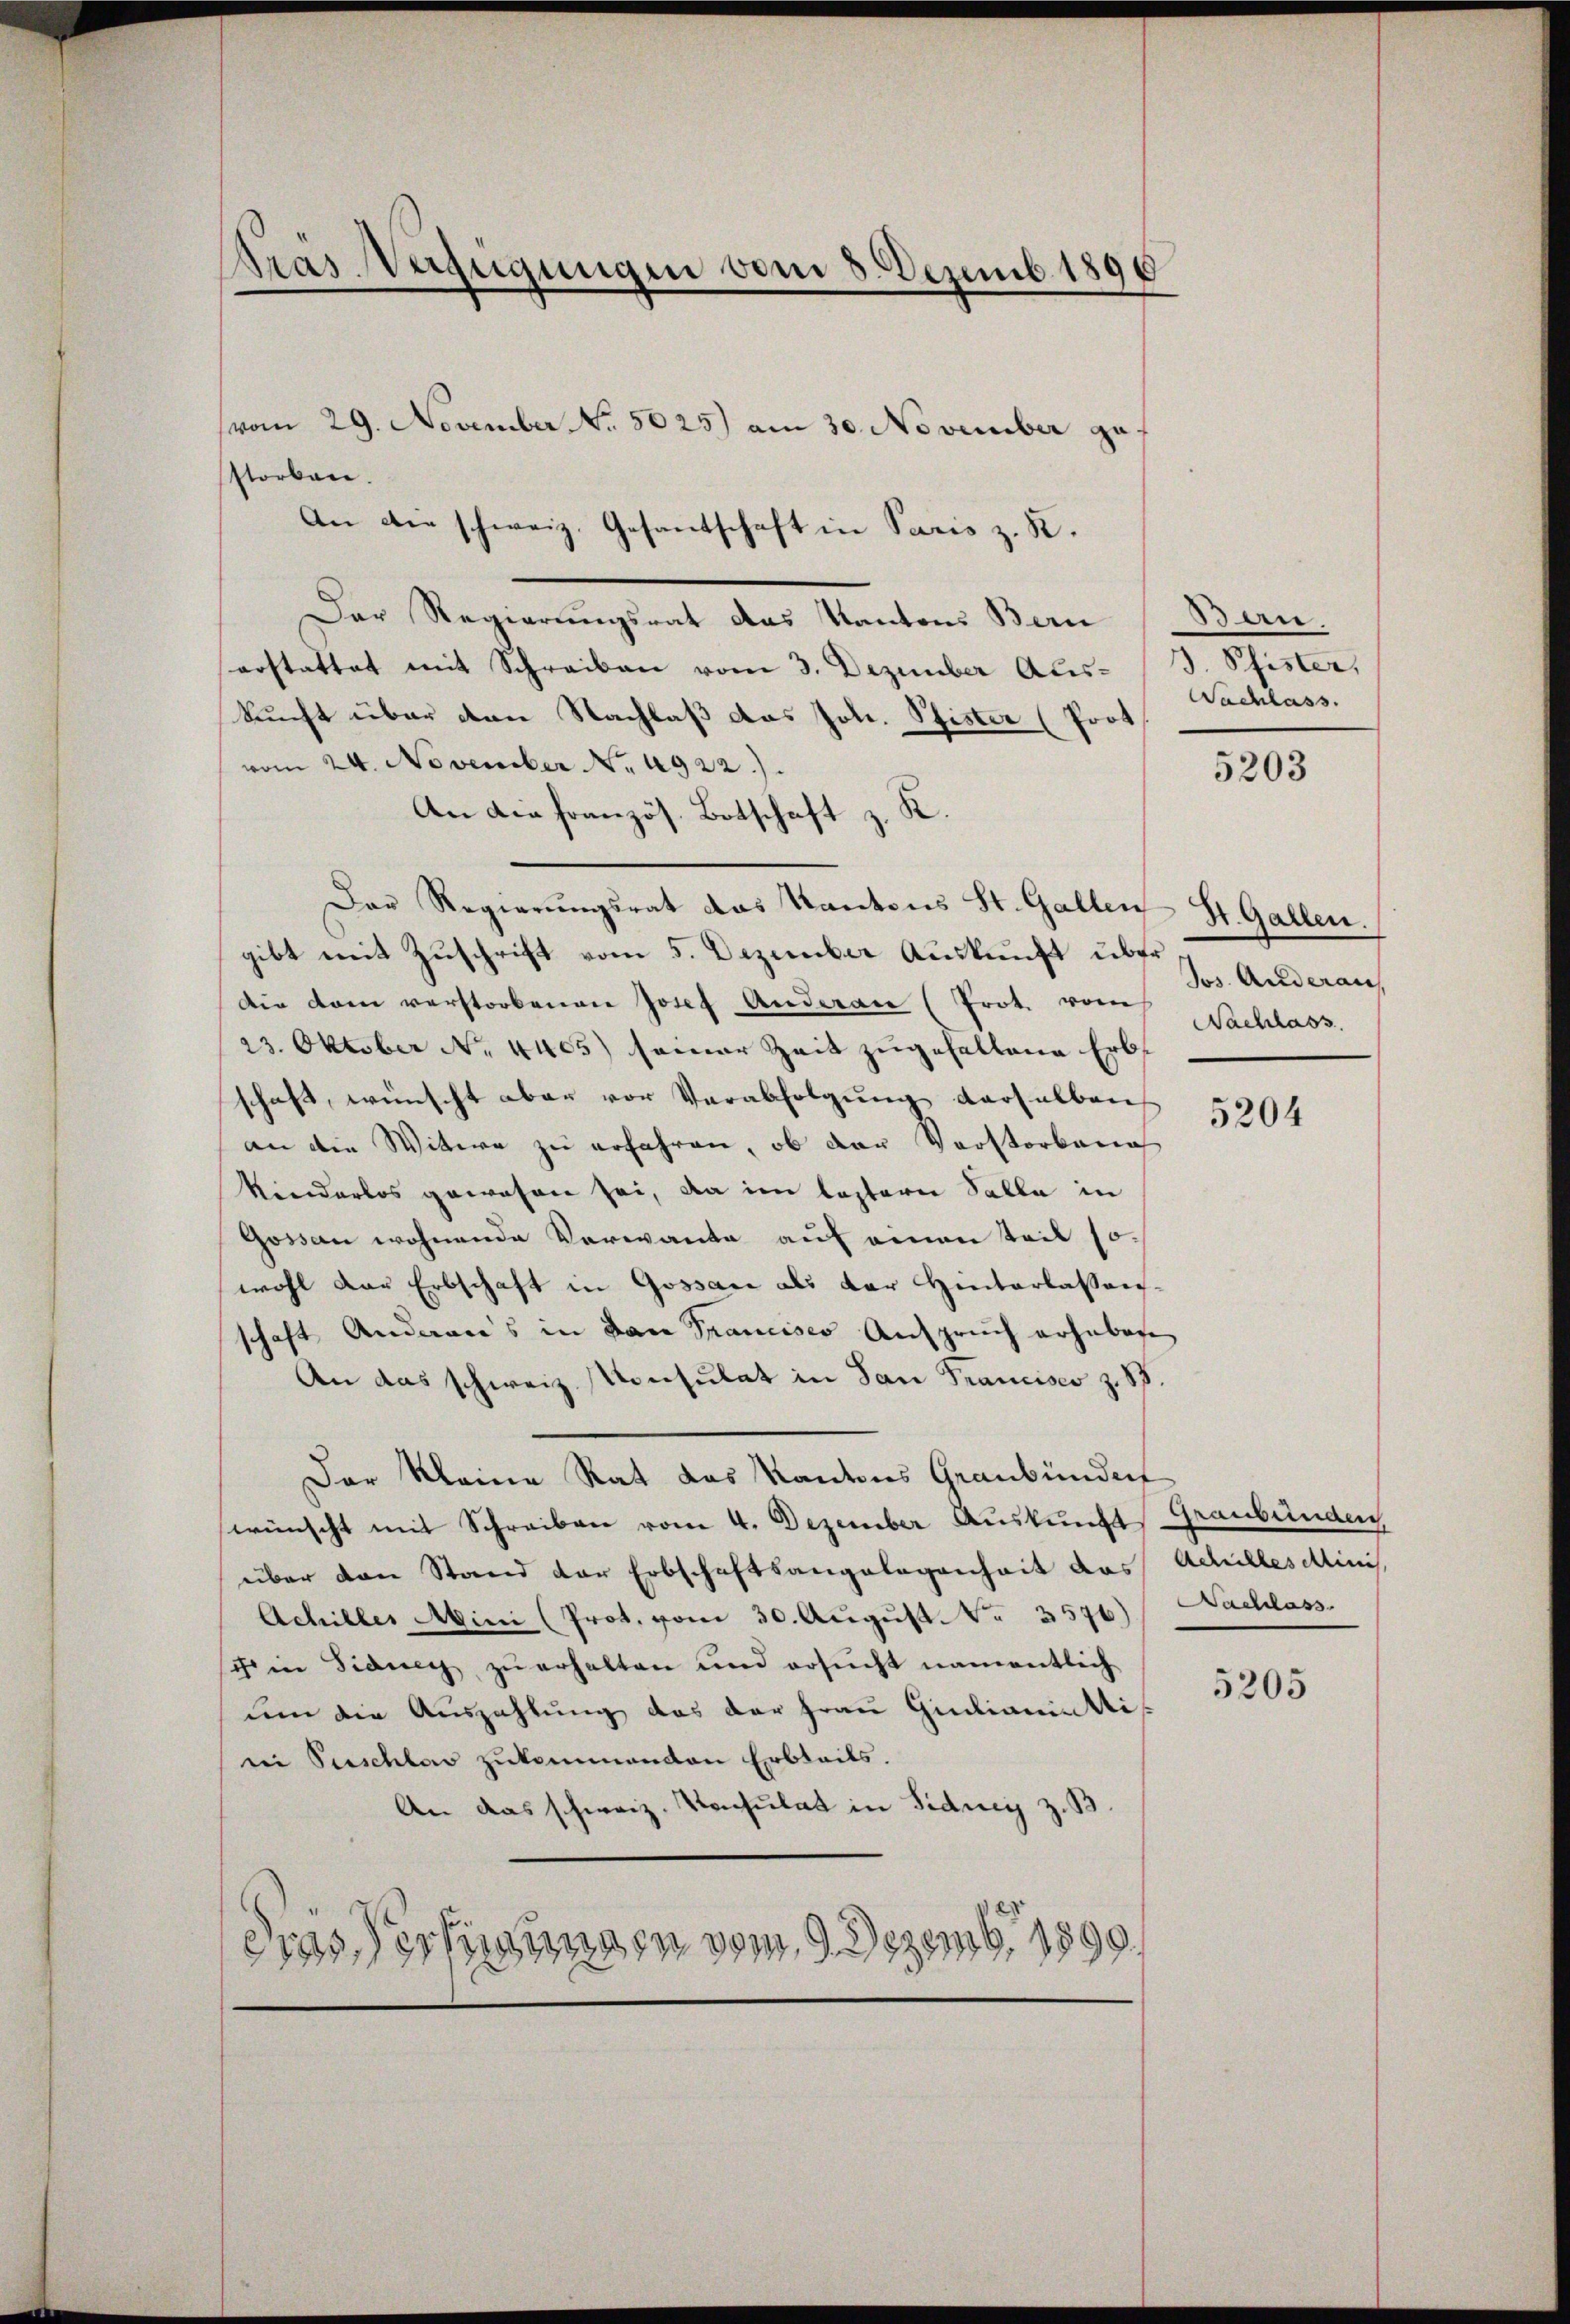
Kras Verfügungen vom 8. Dezemb. 1896

vom 29. November No. 5025) am 30. November zu
storben.
An die schweiz. Gesantschaft in Paris z. K.
Der Regierungsrat das Kantons Bern (Bern.
serstattet mit Schreiben vom 3. Dezember Aus- J. Pfister,
kunft über den Nachlaß das Joh. Pfister (Prot
vom 24. November No. 4922.).
An die französ. Botschaft z. K.
Der Regierungsrat das Kantons St. Gallen St. Gallen.
gibt mit Zuschrift vom 5. Dezember Auskunft über
Die Dom verstorbenen Josef Anderen (Prot. vom
23. Oktober No. 4405) seiner Zeit zugefallene Erbs
schaft, wünscht aber vor Verabfolgung derselben
an die Witwe zu erfahren, ob der Vorstorben
kinderlos gewesen sei, da im leztere Salle in
Gossen wohnende Verwante auf einen Teil sowohl der Erbschaft in Gossau als der Hinterlassen-
schaft Anderes in den Spancisco Anspruch erhaben
An das schweiz. Konsulat in San Francisco z. B.
Der kleine Rat das Kantons Graubünden
wünscht mit Schreiben vom 4. Dezember Auskunft, Graubünden,
über den Stand der Erbschaftsangelegenheit das Achilles Minis
Achilles Mini (Prot. vom 30. Aŭgŭst No. 3576) Nachlass
scheine Fiduen zu erhalten und ersucht namentlich
dem die Auszahlung das der Frau Giulianin Risn Puschlag zukommenden Erbteils.
An das schweiz. Konsulat in Fidney z. B.
das Verfügungen vom 9. Dezemb. 1890

Nachlass.

5203

Jos. Anderaus
Nachlass

5204

5205